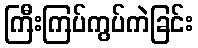
ကြီးကြပ်ကွပ်ကဲခြင်း